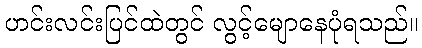
ဟင်းလင်းပြင်ထဲတွင် လွင့်မျောနေပုံရသည်။